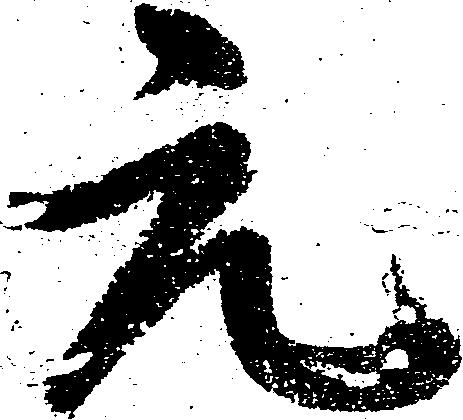
元